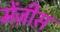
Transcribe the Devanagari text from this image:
मेंज़ीस